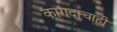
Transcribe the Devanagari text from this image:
कागदाचाही